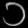
Digit: ၁